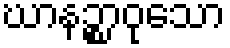
ဃာနဉ္စာဝုသော